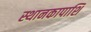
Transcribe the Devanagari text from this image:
स्थानकापाशि